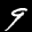
Label: 9